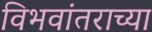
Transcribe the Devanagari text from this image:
विभवांतराच्या